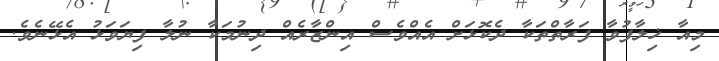
މިއާ ޚިލާފުވާ ފަރާތްތަކާ ދެކޮޅަށް އެއްވެސް އިންޒާރެއް ދިނުމަކާ ނުލާ ފިޔަވަޅު އެޅޭނެވެ.